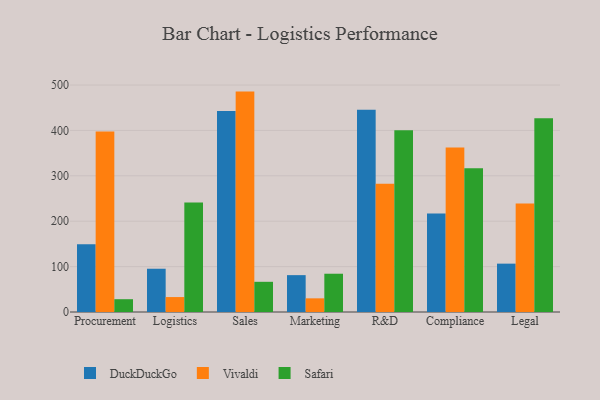
{"axis": {"x": "Department", "y": "Market Share (%)"}, "legend": ["DuckDuckGo", "Safari", "Vivaldi"], "data": [{"x": "Procurement", "y": 149.3, "type": "DuckDuckGo"}, {"x": "Procurement", "y": 397.4, "type": "Vivaldi"}, {"x": "Procurement", "y": 28.2, "type": "Safari"}, {"x": "Logistics", "y": 95.3, "type": "DuckDuckGo"}, {"x": "Logistics", "y": 32.9, "type": "Vivaldi"}, {"x": "Logistics", "y": 241.0, "type": "Safari"}, {"x": "Sales", "y": 442.5, "type": "DuckDuckGo"}, {"x": "Sales", "y": 485.5, "type": "Vivaldi"}, {"x": "Sales", "y": 66.5, "type": "Safari"}, {"x": "Marketing", "y": 81.2, "type": "DuckDuckGo"}, {"x": "Marketing", "y": 30.1, "type": "Vivaldi"}, {"x": "Marketing", "y": 84.3, "type": "Safari"}, {"x": "R&D", "y": 445.3, "type": "DuckDuckGo"}, {"x": "R&D", "y": 282.3, "type": "Vivaldi"}, {"x": "R&D", "y": 400.6, "type": "Safari"}, {"x": "Compliance", "y": 217.2, "type": "DuckDuckGo"}, {"x": "Compliance", "y": 362.4, "type": "Vivaldi"}, {"x": "Compliance", "y": 316.9, "type": "Safari"}, {"x": "Legal", "y": 106.5, "type": "DuckDuckGo"}, {"x": "Legal", "y": 239.0, "type": "Vivaldi"}, {"x": "Legal", "y": 427.0, "type": "Safari"}]}